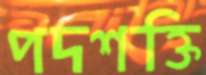
পদশক্তি